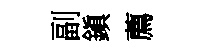
副鎭薦